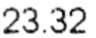
23.32